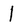
Character: l